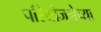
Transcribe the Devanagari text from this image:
परियोजनेच्या